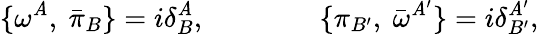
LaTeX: \{ \omega^{\mathit{A}},\ {\bar{{\pi}}_{B}}\} =i{\delta}_{B}^{\mathit{A}},\qquad\qquad\{ \pi_{B^{\prime}},\ {\bar{{\omega}}}^{\mathit{A}^{\prime}}\} =i{\delta}_{B^{\prime}}^{\mathit{A}^{\prime}},